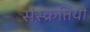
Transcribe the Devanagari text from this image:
संस्क्रतियों